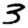
Digit: 3